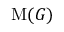
\operatorname { M } ( G )